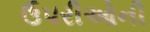
ઉપરીઓની